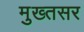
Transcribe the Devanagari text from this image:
मुख्तसर